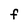
Character: f